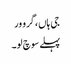
جی ہاں، گرو ور
پہلے سوچ لو۔